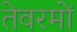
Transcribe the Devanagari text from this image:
तेवरमों